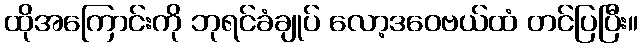
ထိုအကြောင်းကို ဘုရင်ခံချုပ် လော့ဒဝေဗယ်ထံ တင်ပြပြီး။